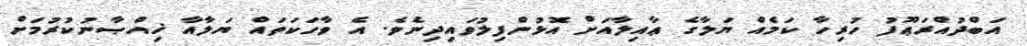
އަބްދުއްރަޢޫފު ހުރިހާ ކަމެއް ޔަލާގެ ޢާއިލާއަށް އޮޅުންފިލުވައިދިނެވެ. އެ ވާހަކަތައް ޔަލާއާ ޚިއްޞާނުކުރުމަށް